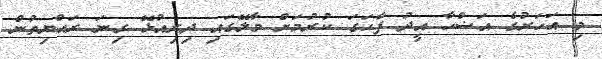
މި އަހަރުގެ އަޟްހާ އީދު ފާހަގަ ކުރުމަށް މާލޭގައި ދިރިއުޅޭ ގިނަ ރައްޔިތުން